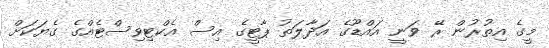
މީގެ އިތުރުން ރޭ ވަނީ އައްޑޫގެ އަދާލަތު ޕާޓީގެ އިސް އެކްޓިވިސްޓެއްގެ ގެޔަކަށް